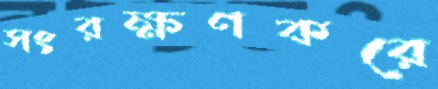
সংরক্ষণকরে